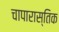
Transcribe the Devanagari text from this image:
चापारास्तिक